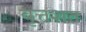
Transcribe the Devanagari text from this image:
वृत्तशत